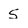
Character: 5